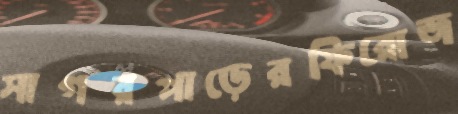
সাগরপাড়েরফিরোজ